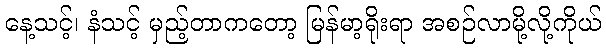
နေ့သင့်၊ နံသင့် မှည့်တာကတော့ မြန်မာ့ရိုးရာ အစဉ်လာမို့လို့ကိုယ်